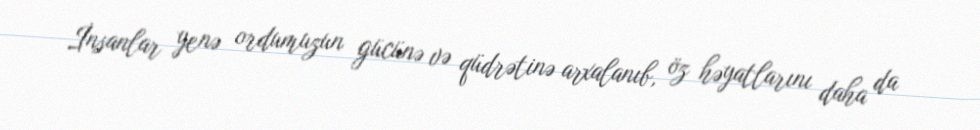
İnsanlar yenə ordumuzun gücünə və qüdrətinə arxalanıb, öz həyatlarını daha da